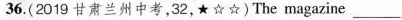
36.(2019 甘肃兰州中考,32,★☆☆)The magazine___